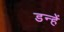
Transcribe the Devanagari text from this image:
डन्हें